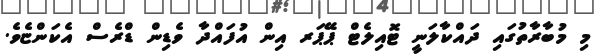
މި މުބާރާތުގައި ދައްކާލަނީ ޓޮއިލެޓް ޕޭޕަރ އިން އުފައްދާ ވެޑިން ޑްރެސް އެކަންޏެވެ.